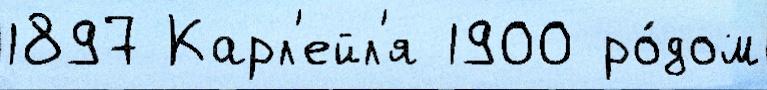
1897 Карл'ейл'я 1900 ро́дом